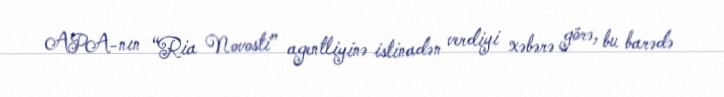
APA-nın “Ria Novosti” agentliyinə istinadən verdiyi xəbərə görə, bu barədə